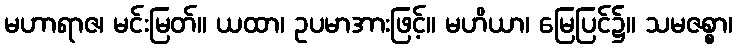
မဟာရာဇ၊ မင်းမြတ်။ ယထာ၊ ဥပမာအားဖြင့်။ မဟိယာ၊ မြေပြင်၌။ သမဇစ္စာ၊